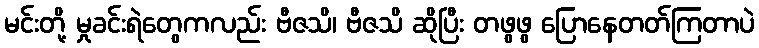
မင်းတို့ မှုခင်းရဲတွေကလည်း ဗီဇသိ၊ ဗီဇသိ ဆိုပြီး တဖွဖွ ပြောနေတတ်ကြတာပဲ